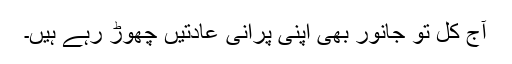
آج کل تو جانور بھی اپنی پرانی عادتیں چھوڑ رہے ہیں۔